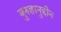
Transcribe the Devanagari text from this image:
बुरुहानुद्दीन